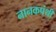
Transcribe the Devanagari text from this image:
नानकपंथी